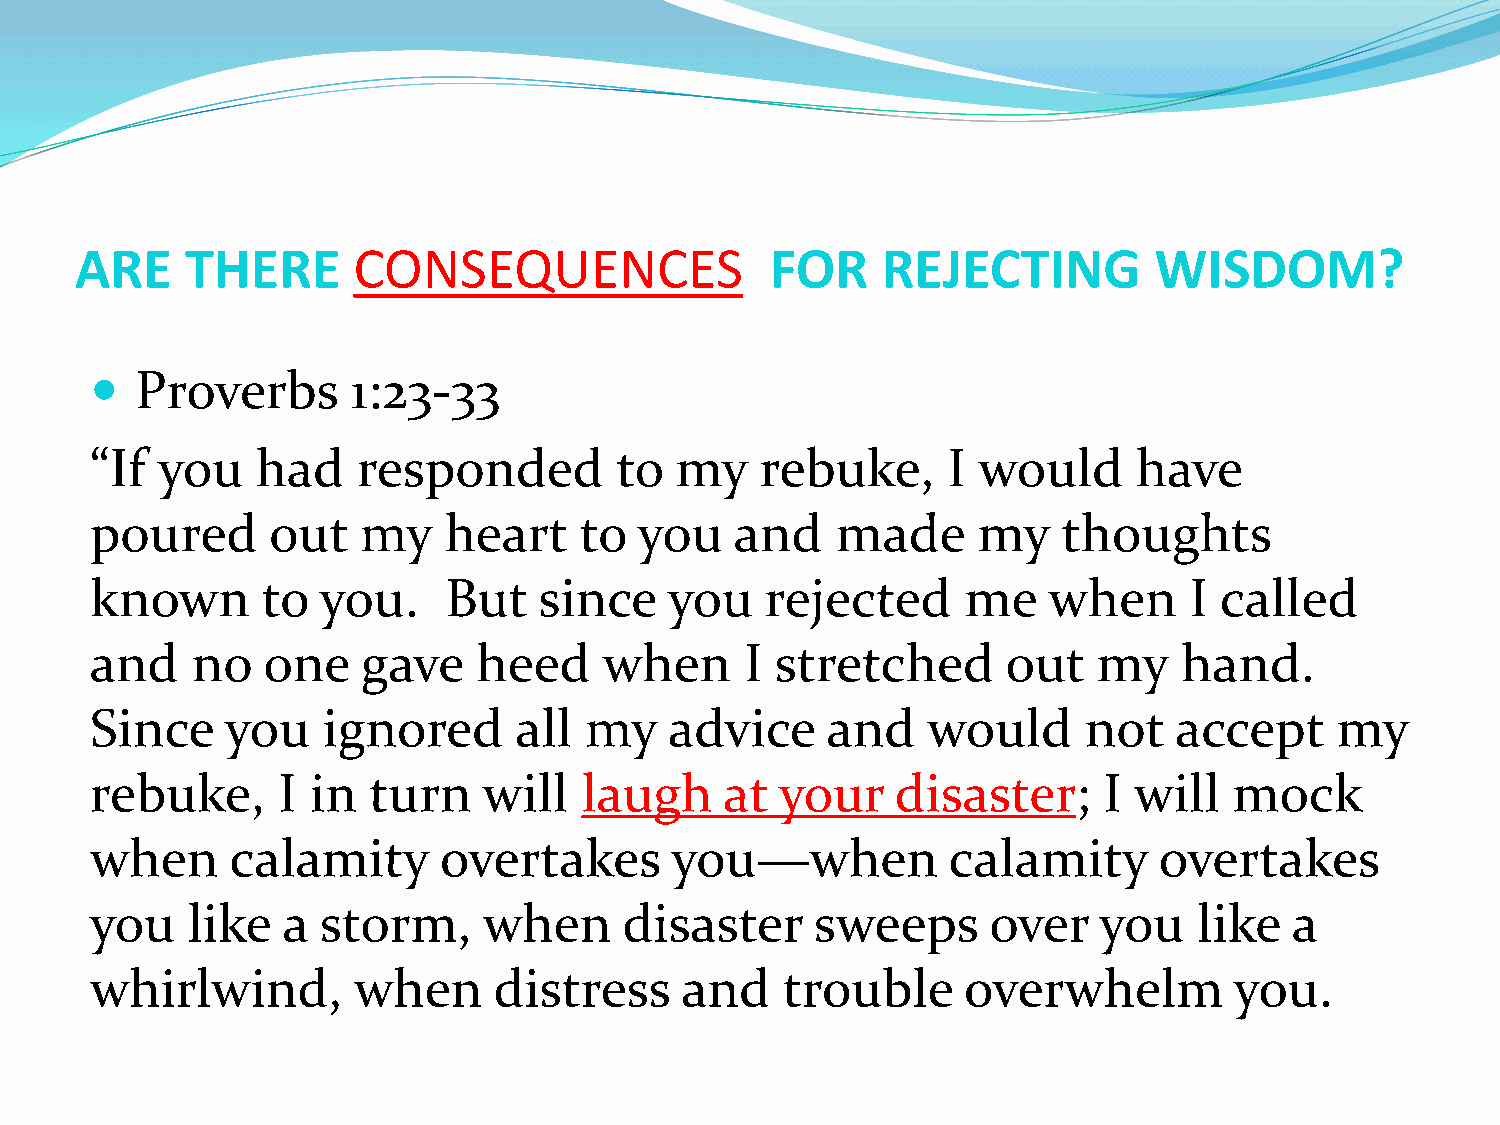
ARE    THERE      CONSEQUENCES                FOR    REJECTING         WISDOM?
   Proverbs      1:23-33
 “If you    had    responded        to  my   rebuke,      I would     have
 poured      out   my   heart    to  you    and   made      my   thoughts
 known      to  you.    But    since   you    rejected     me   when      I called
 and    no  one    gave    heed    when     I stretched       out   my   hand.
 Since    you   ignored      all  my   advice     and   would      not   accept     my
 rebuke,     I  in turn    will   laugh    at  your   disaster;     I will   mock
 when     calamity      overtakes      you—when           calamity      overtakes
 you   like   a storm,     when     disaster     sweeps      over   you   like   a
 whirlwind,       when      distress    and    trouble     overwhelm         you.